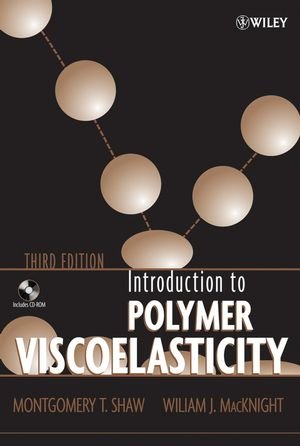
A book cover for Introduction to Polymer Viscoelasticity, 3rd Edition; Montgomery T. Shaw; Science & Math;